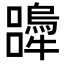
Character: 𭌨